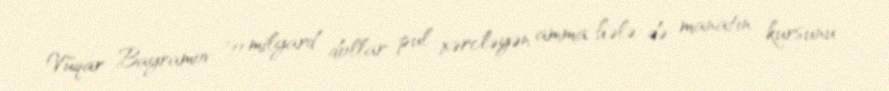
Vüqar Bayramov: "11 milyard dollar pul xərcləyən amma hələ də manatın kursunu